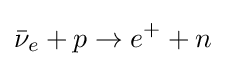
{\bar {\nu }}_{e}+p\to e^{+}+n